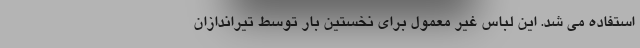
استفاده می شد. این لباس غیر معمول برای نخستین بار توسط تیراندازان